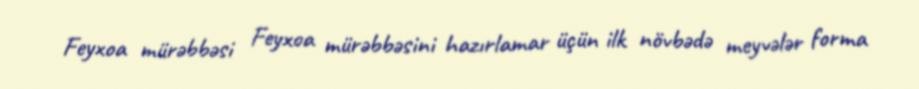
Feyxoa mürəbbəsi Feyxoa mürəbbəsini hazırlamar üçün ilk növbədə meyvələr forma